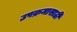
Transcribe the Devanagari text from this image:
उपक्रमासाठी